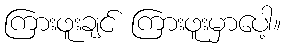
ကြားဖူးချင် ကြားဖူးမှာပေါ့။